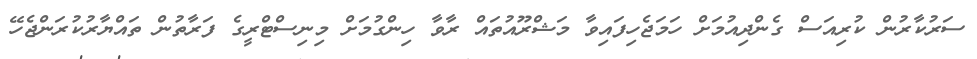
ސަރުކާރުން ކުރިއަސް ގެންދިއުމަށް ހަމަޖެހިފައިވާ މަޝްރޫއުތައް ރާވާ ހިންގުމަށް މިނިސްޓްރީގެ ފަރާތުން ތައްޔާރުކުރަންޖެހޭ